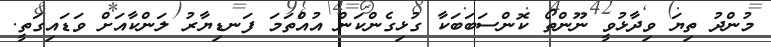
މުންދު ތިޔަ ވިދާޅުވީ ނޫންތޯ ކޮންސަބަބަކާ ގުޅިގެންކަން އުއްތަމަ ފަނޑިޔާރު ލަންކާއަށް ވަޑައިގަތީ.